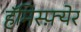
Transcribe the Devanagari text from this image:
हॅमिस्फ़्येर